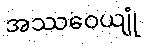
အဿဝေယျုံ